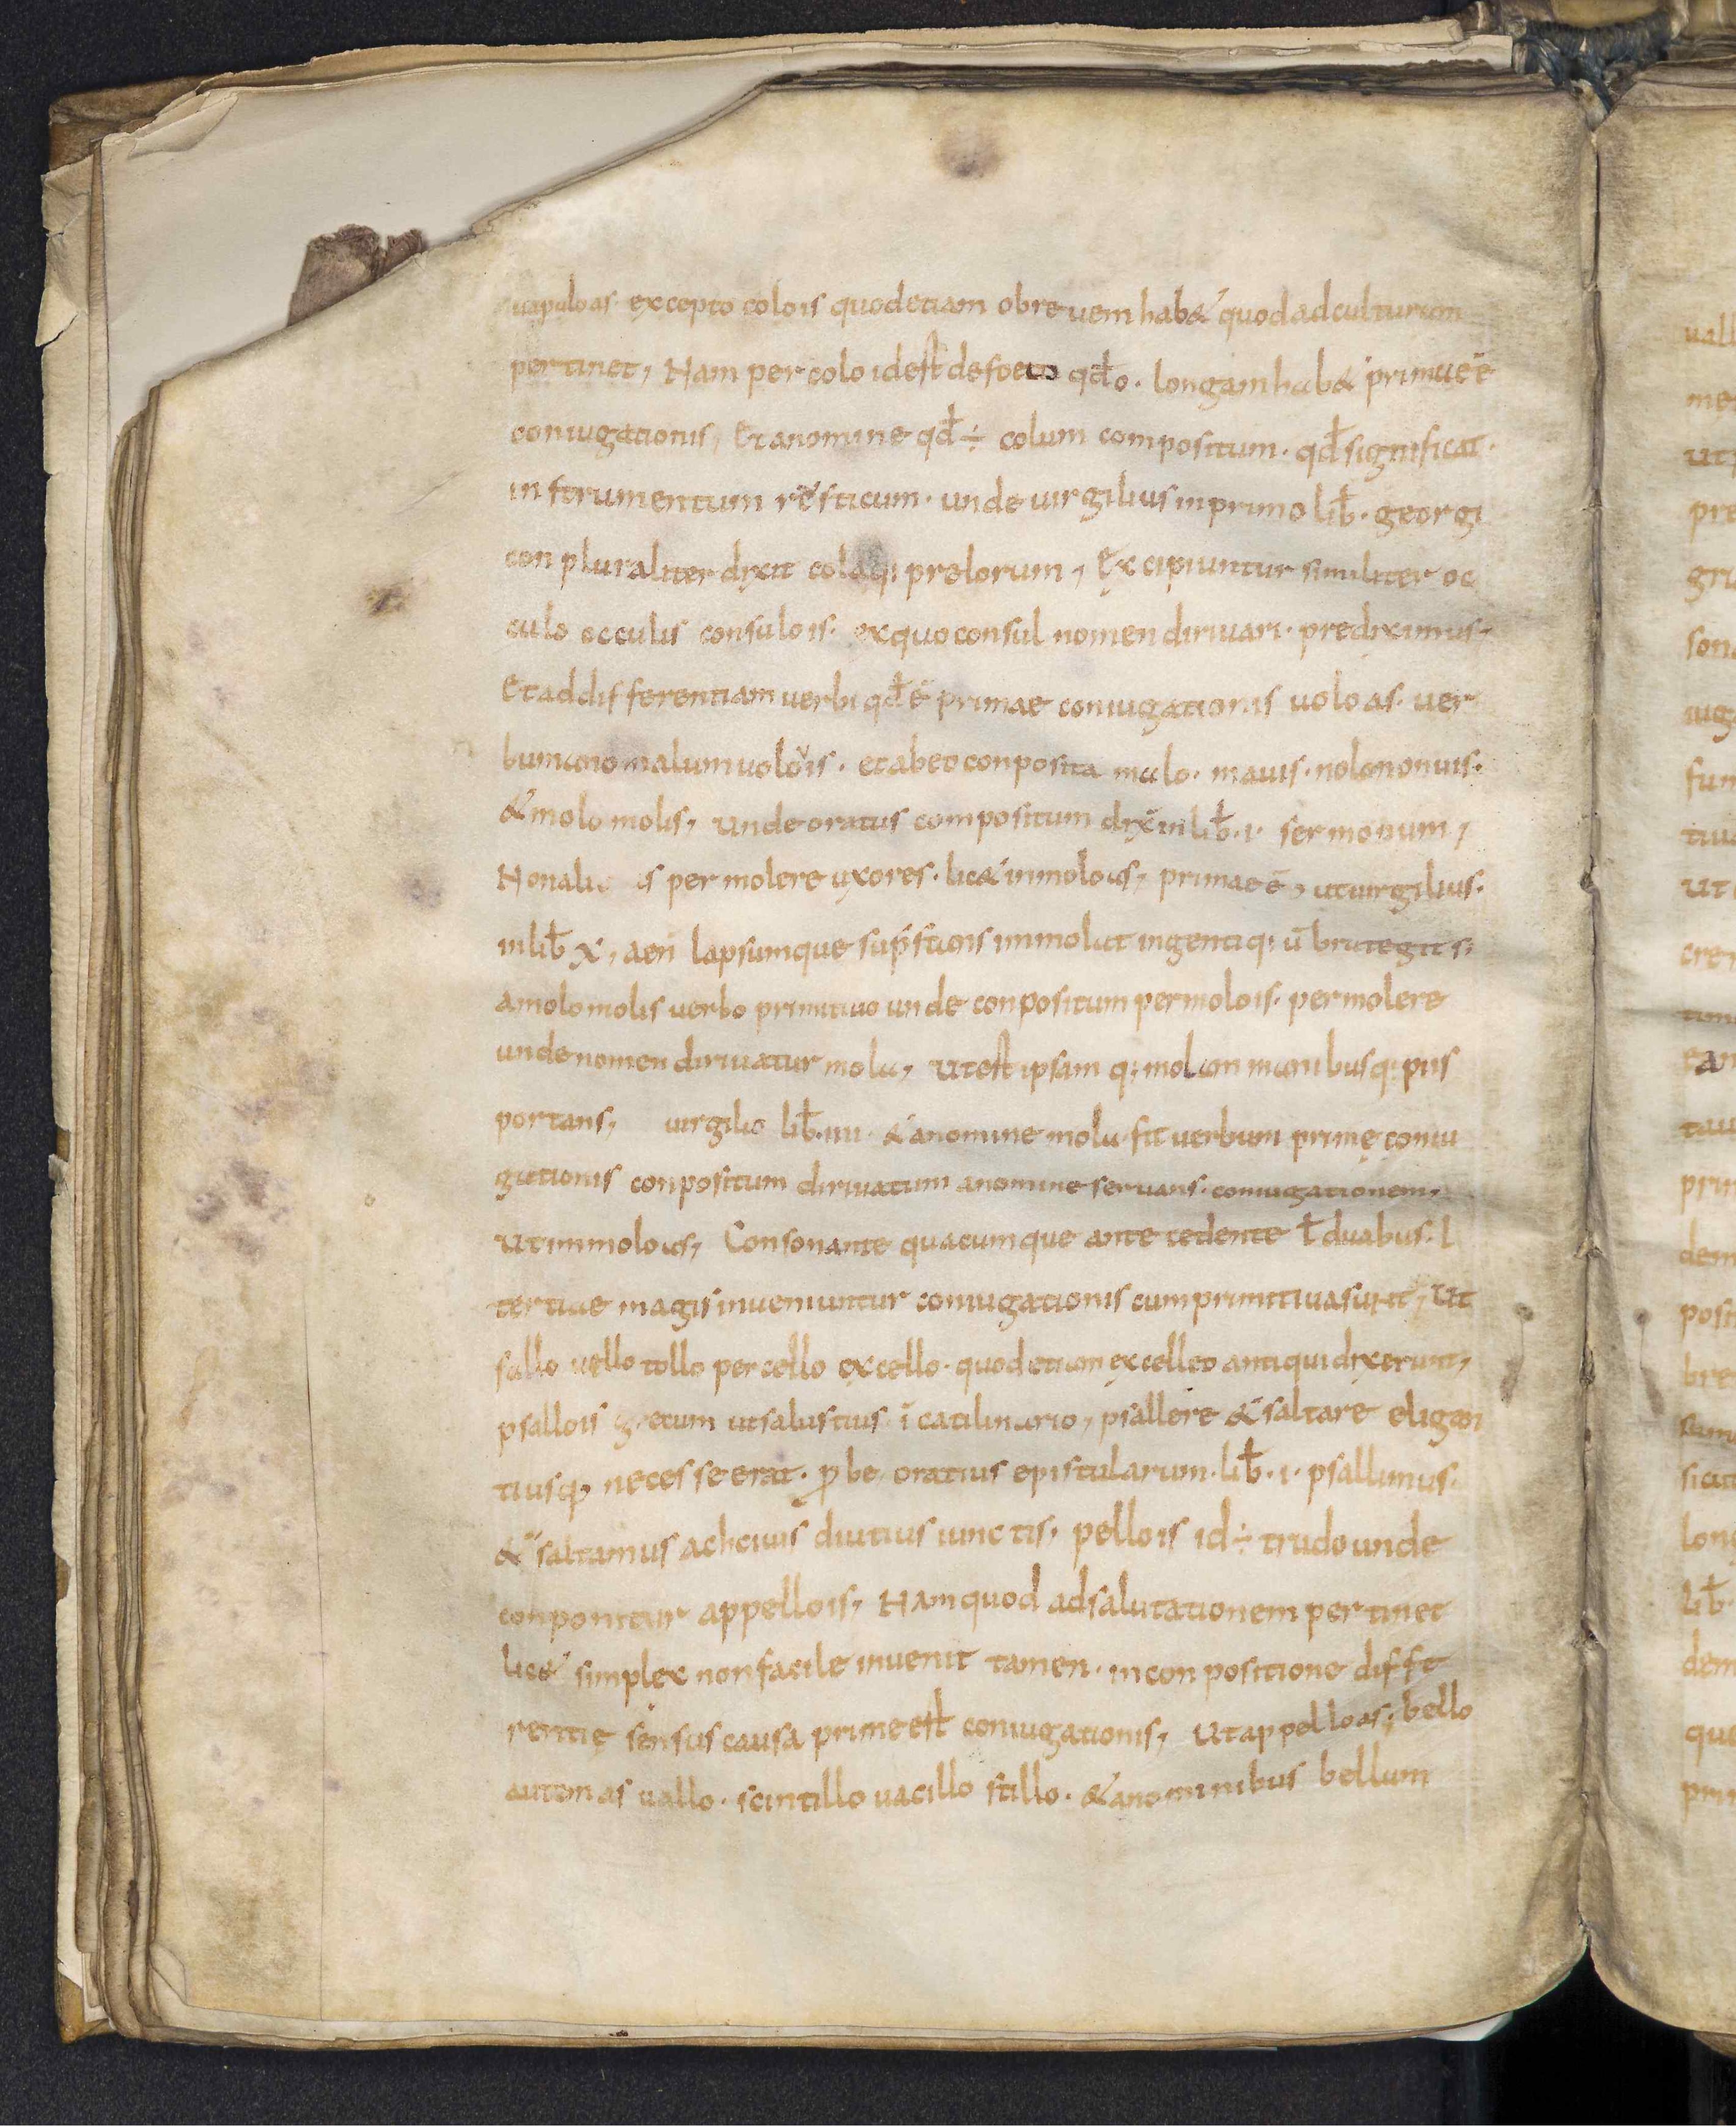
Shelfmark: Leiden, Bibliotheek der Rijksuniversiteit, Voss. Lat. O 41
Century: 9